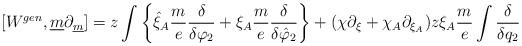
LaTeX: \begin{align*} [ W^{gen} , \underline{m} \partial_{\underline{m}} ] = z \int \left\{ \hat{\xi}_A \frac{m}{e} \frac{\delta}{\delta \varphi_2} + \xi_A \frac{m}{e} \frac{\delta}{\delta \hat{\varphi}_2} \right\} + (\chi \partial_{\xi} + \chi_A \partial_{\xi_A} ) z \xi_A \frac{m}{e} \int \frac{\delta}{\delta q_2}\end{align*}